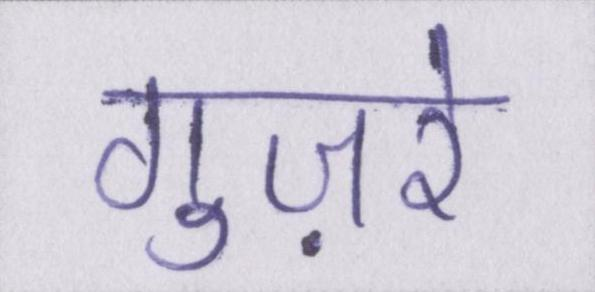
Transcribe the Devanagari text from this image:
गुज़रे